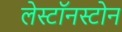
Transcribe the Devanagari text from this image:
लेस्टॉनस्टोन